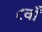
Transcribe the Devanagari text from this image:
८वाँ